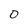
Character: 0